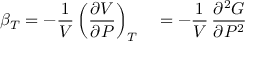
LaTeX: \beta _ { T } = - { \frac { 1 } { V } } \left( { \frac { \partial V } { \partial P } } \right) _ { T } \quad = - { \frac { 1 } { V } } \, { \frac { \partial ^ { 2 } G } { \partial P ^ { 2 } } }